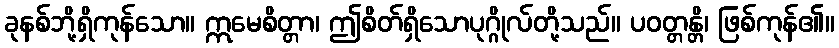
ခုနစ်ဘို့ရှိကုန်သော။ ဣမေစိတ္တာ၊ ဤစိတ်ရှိသောပုဂ္ဂိုလ်တို့သည်။ ပဝတ္တန္တိ၊ ဖြစ်ကုန်၏။